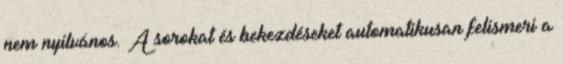
nem nyilvános. A sorokat és bekezdéseket automatikusan felismeri a